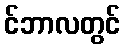
င်ဘာလတွင်